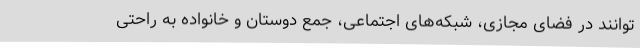
توانند در فضای مجازی، شبکه‌های اجتماعی، جمع دوستان و خانواده به راحتی